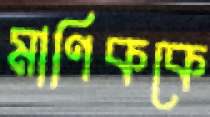
মাণিককে